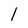
Character: l